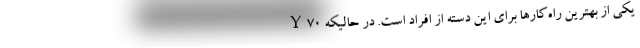
Y70 یکی از بهترین راه‌کارها برای این دسته از افراد است. در حالیکه